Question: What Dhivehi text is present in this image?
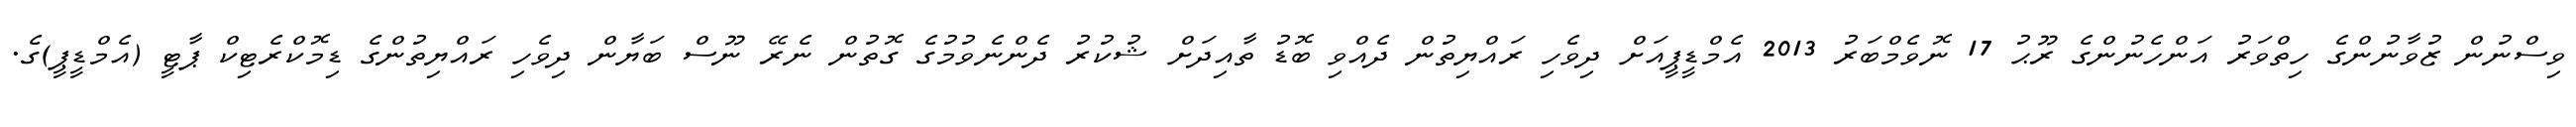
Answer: ވިސްނުން ޒުވާނުންގެ ހިތްވަރު އަންހެނުންގެ ރޫޙު 17 ނޮވެމްބަރު 2013 އެމްޑީޕީއަށް ދިވެހި ރައްޔިތުން ދެއްވި ބޮޑު ތާއިދަށް ޝުކުރު ދެންނެވުމުގެ ގޮތުން ނެރޭ ނޫސް ބަޔާން ދިވެހި ރައްޔިތުންގެ ޑިމޮކްރެޓިކް ޕާޓީ (އެމްޑީޕީ)ގެ.